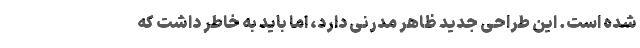
شده است. این طراحی جدید ظاهر مدرنی دارد، اما باید به خاطر داشت که